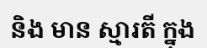
និង មាន ស្មារតី ក្នុង